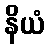
နိယံ